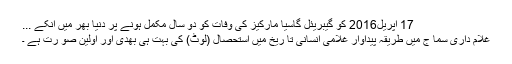
17 اپریل2016 کو گیبریئل گاسیا مارکیز کی وفات کو دو سال مکمل ہونے پر دنیا بھر میں انکے ...
غلام داری سما ج میں طریقہ پیداوار غلامی انسانی تا ریخ میں استحصال (لوٹ) کی بہت ہی بھدی اور اولین صو رت ہے ۔